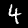
Digit: 4